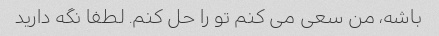
باشه، من سعی می کنم تو را حل کنم. لطفا نگه دارید